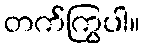
တက်ကြွပါ။